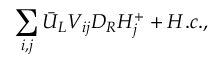
\sum _ { i , j } \bar { U } _ { L } { \cal V } _ { i j } D _ { R } H _ { j } ^ { + } + H . c . ,